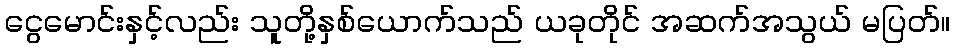
ငွေမောင်းနှင့်လည်း သူတို့နှစ်ယောက်သည် ယခုတိုင် အဆက်အသွယ် မပြတ်။